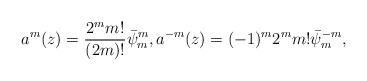
\begin{align*}a^m(z)=\frac{2^mm!}{(2m)!}\bar{\psi}_m^m,a^{-m}(z)=(-1)^m2^mm!\bar{\psi}_m^{-m},\end{align*}